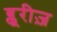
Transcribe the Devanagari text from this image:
ब्लूरीज़